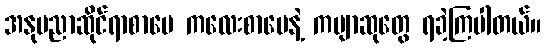
အနုပညာဆိုင်ရာစာပေ ကလေးစာပေနဲ့ ကဗျာဆုတွေ ရခဲ့ကြပါတယ်။